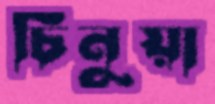
চিনুয়া